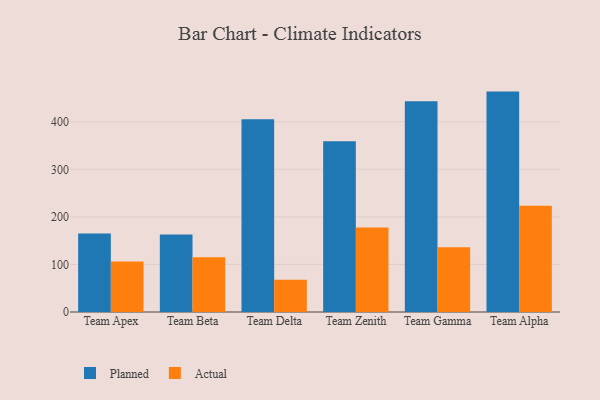
{"axis": {"x": "Team", "y": "Active Users"}, "legend": ["Actual", "Planned"], "data": [{"x": "Team Apex", "y": 165.1, "type": "Planned"}, {"x": "Team Apex", "y": 106.0, "type": "Actual"}, {"x": "Team Beta", "y": 162.8, "type": "Planned"}, {"x": "Team Beta", "y": 115.2, "type": "Actual"}, {"x": "Team Delta", "y": 405.2, "type": "Planned"}, {"x": "Team Delta", "y": 67.9, "type": "Actual"}, {"x": "Team Zenith", "y": 359.2, "type": "Planned"}, {"x": "Team Zenith", "y": 177.5, "type": "Actual"}, {"x": "Team Gamma", "y": 443.0, "type": "Planned"}, {"x": "Team Gamma", "y": 136.1, "type": "Actual"}, {"x": "Team Alpha", "y": 463.4, "type": "Planned"}, {"x": "Team Alpha", "y": 223.4, "type": "Actual"}]}